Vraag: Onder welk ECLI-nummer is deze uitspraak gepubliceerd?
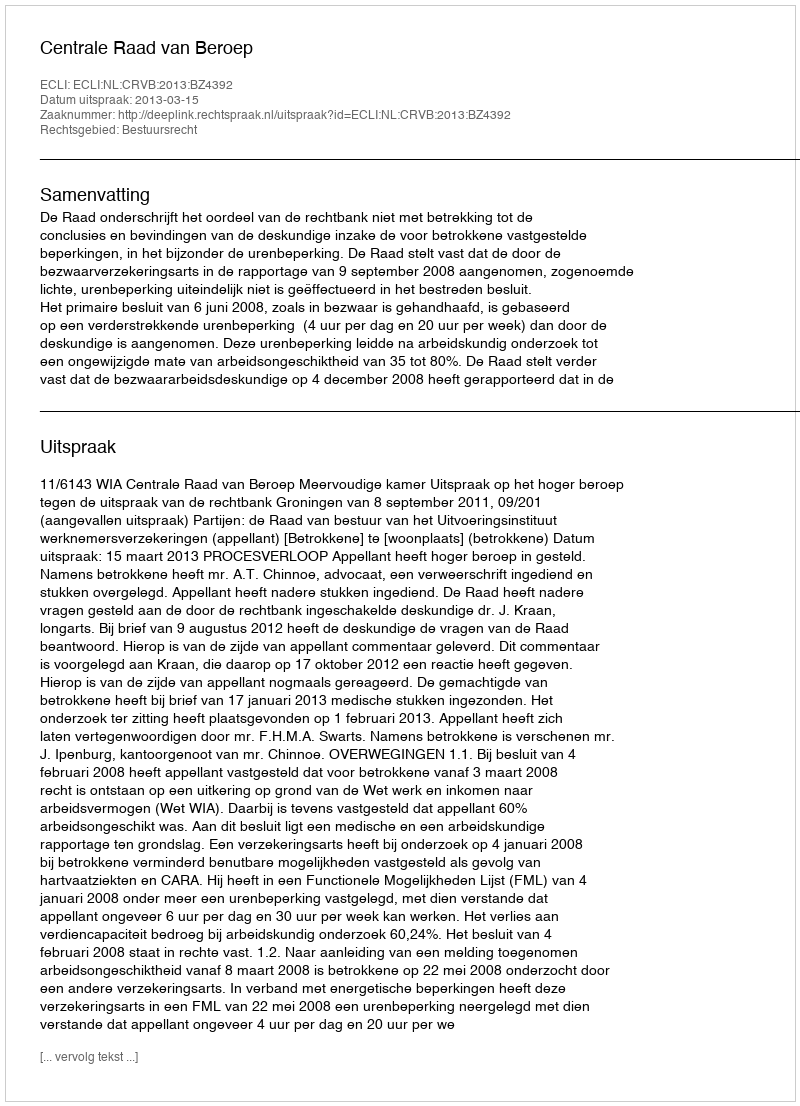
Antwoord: ECLI:NL:CRVB:2013:BZ4392